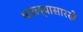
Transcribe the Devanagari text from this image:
भारल्यासारखे